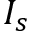
I _ { s }